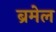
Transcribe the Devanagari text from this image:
ब्रमेल